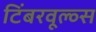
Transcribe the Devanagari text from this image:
टिंबरवूल्व्स